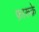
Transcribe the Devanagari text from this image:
फ़ारूक़े